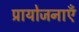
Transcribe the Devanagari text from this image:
प्रायोजनाएँ